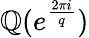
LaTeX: \mathbb{Q}(e^{\frac{2\pi i}{q}})